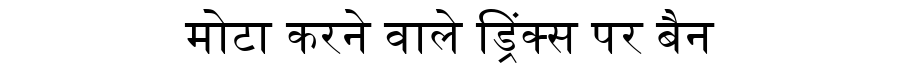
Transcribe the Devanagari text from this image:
मोटा करने वाले ड्रिंक्स पर बैन